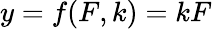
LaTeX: y=f(F,k)=kF